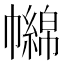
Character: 𢅧